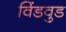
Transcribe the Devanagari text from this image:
विंडवुड